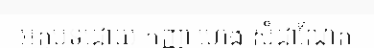
អត្តបទដោយ កញ្ញា ហេង សំដាណែត